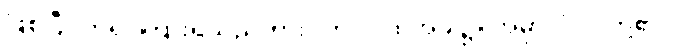
ဖြစ်ပြီ။ ကိရ၊ ကြားရသည်ကား။ တဒါ၊ ထိုအခါ၌။ အမှာကံ၊ ငါတို့၏။